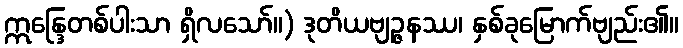
ဣန္ဒြေတစ်ပါးသာ ရှိလသော်။) ဒုတိယဗျဉ္ဇနဿ၊ နှစ်ခုမြောက်ဗျည်း၏။